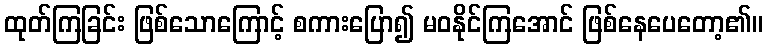
ထုတ်ကြခြင်း ဖြစ်သောကြောင့် စကားပြော၍ မဝနိုင်ကြအောင် ဖြစ်နေပေတော့၏။